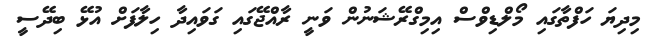
މިދިޔަ ހަފްތާގައި މޯލްޑިވްސް އިމިގްރޭޝަނުން ވަނީ ރާއްޖޭގައި ގަވައިދާ ހިލާފަށް އުޅޭ ބިދޭސީ